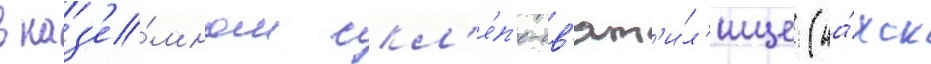
в наз'е́мном скл'е́п'е-св'ят'и́л'ище (на́хск